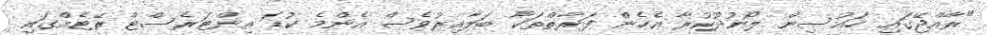
"ރާއްޖޭގައި ހައުސިން ލޯނުދޫކުރާ އެހެން ފަރާތްތަކާ ބަލާއިރުވެސް އެންމެ ކުޑަ އިންޓަރެސްޓް ރޭޓެއްގައި